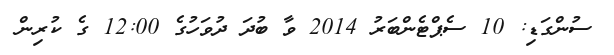
ސުންގަޑި: 10 ސެޕްޓެންބަރު 2014 ވާ ބުދަ ދުވަހުގެ 12:00 ގެ ކުރިން